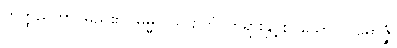
တိတ္ထညုတာ၊ မည်၏။ ဓမ္မူပသ ဉှိတံ၊ တရားနှင့်စပ်သော။ ပါမောဇ္ဇံ၊